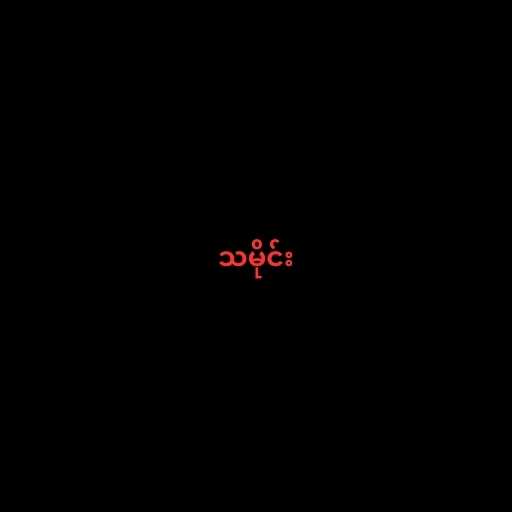
သမိုင်း